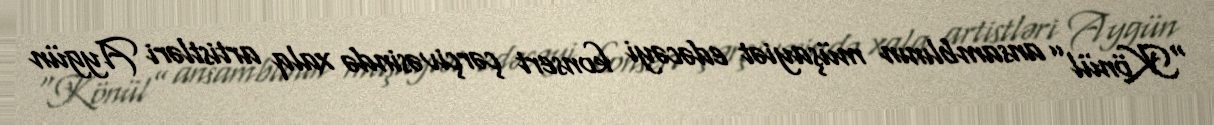
“Könül” ansamblının müşayiət edəcəyi konsert çərçivəsində xalq artistləri Aygün